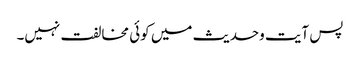
پس آیت وحدیث میں کوئی مخالفت نہیں۔